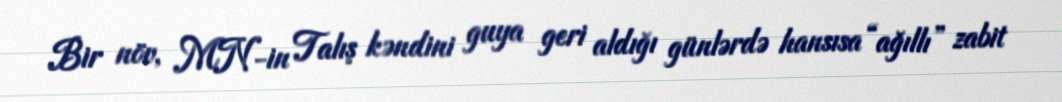
Bir növ, MN-in Talış kəndini guya geri aldığı günlərdə hansısa “ağıllı” zabit